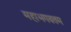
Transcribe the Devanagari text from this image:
महाभगवतम